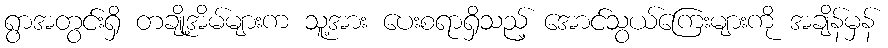
ရွာအတွင်းရှိ တချို့အိမ်များက သူ့အား ပေးစရာရှိသည့် အောင်သွယ်ကြေးများကို အချိန်မှန်